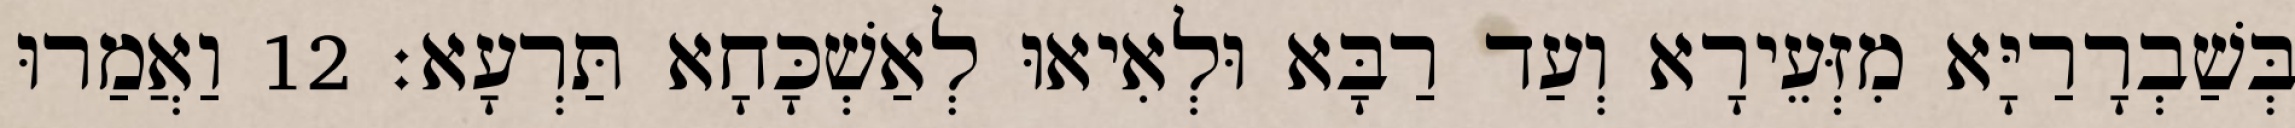
בְּשַׁבְרָרַיָּא מִזְּעֵירָא וְעַד רַבָּא וּלְאִיאוּ לְאַשְׁכָּחָא תַּרְעָא׃ 12 וַאֲמַרוּ